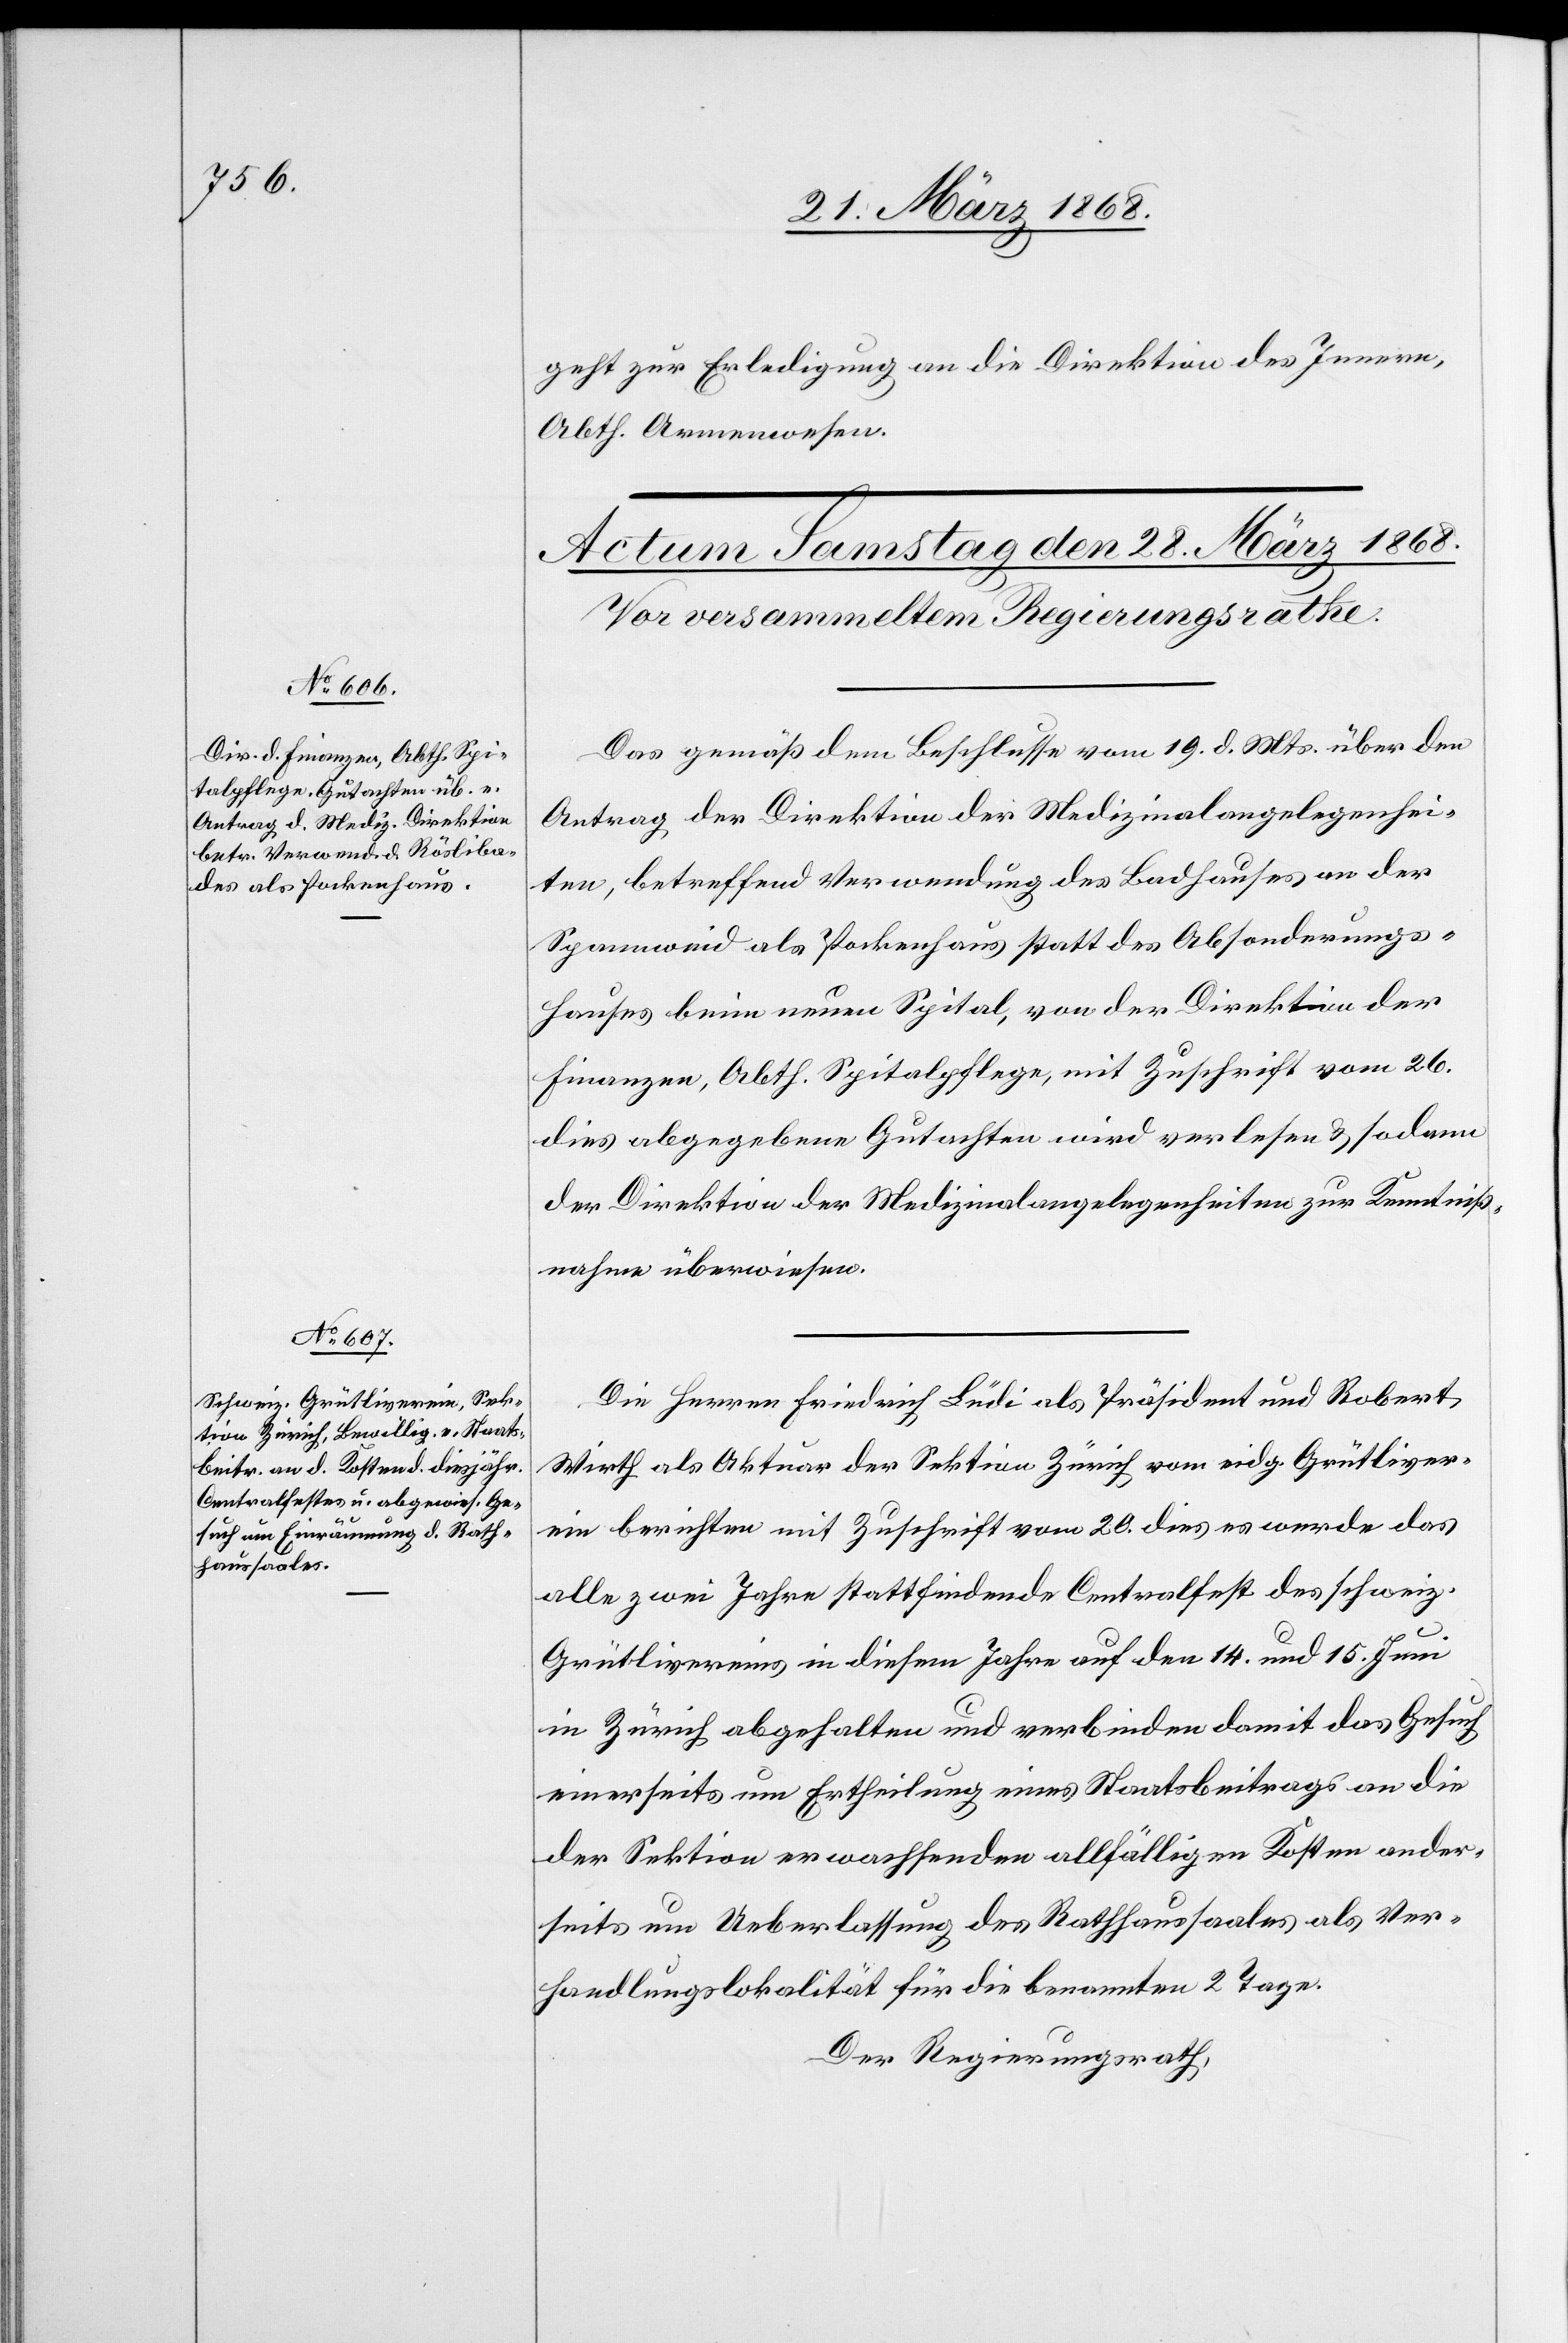
geht zur Erledigung an die Direktion des Innern,
Abth. Armenwesen.
Das gemäß dem Beschlusse vom 19. d. Mts. über den
Antrag der Direktion der Medizinalangelegenhei¬
ten, betreffend Verwendung des Badhauses an der
Spannweid als Pockenhaus statt des Absonderungs¬
hauses beim neuen Spital, von der Direktion der
Finanzen, Abth. Spitalpflege, mit Zuschrift vom 26.
dies abgegebene Gutachten wird verlesen & sodann
der Direktion der Medizinalangelegenheiten zur Kenntniß¬
nahme überwiesen.
Die Herren Friedrich Lüdi als Präsident und Robert
Wirth als Aktuar der Sektion Zürich vom eidg. Grütliver¬
ein berichten mit Zuschrift vom 20. dies es werde das
alle zwei Jahre stattfindende Centralfest des schweiz.
Grütlivereins in diesem Jahre auf den 14. und 15. Juni
in Zürich abgehalten und verbinden damit das Gesuch
einerseits um Ertheilung eines Staatsbeitrags an die
der Sektion erwachsenden allfälligen Kosten ander¬
seits um Ueberlassung des Rathhaussaales als Ver¬
handlungslokalität für die benannten 2 Tage.
Der Regierungsrath,